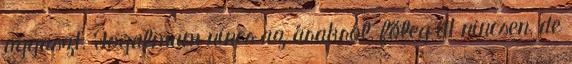
aggaszt. Fogalmam nincs az árakról, főleg itt nincsen, de